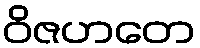
ဝိဇဟတေ